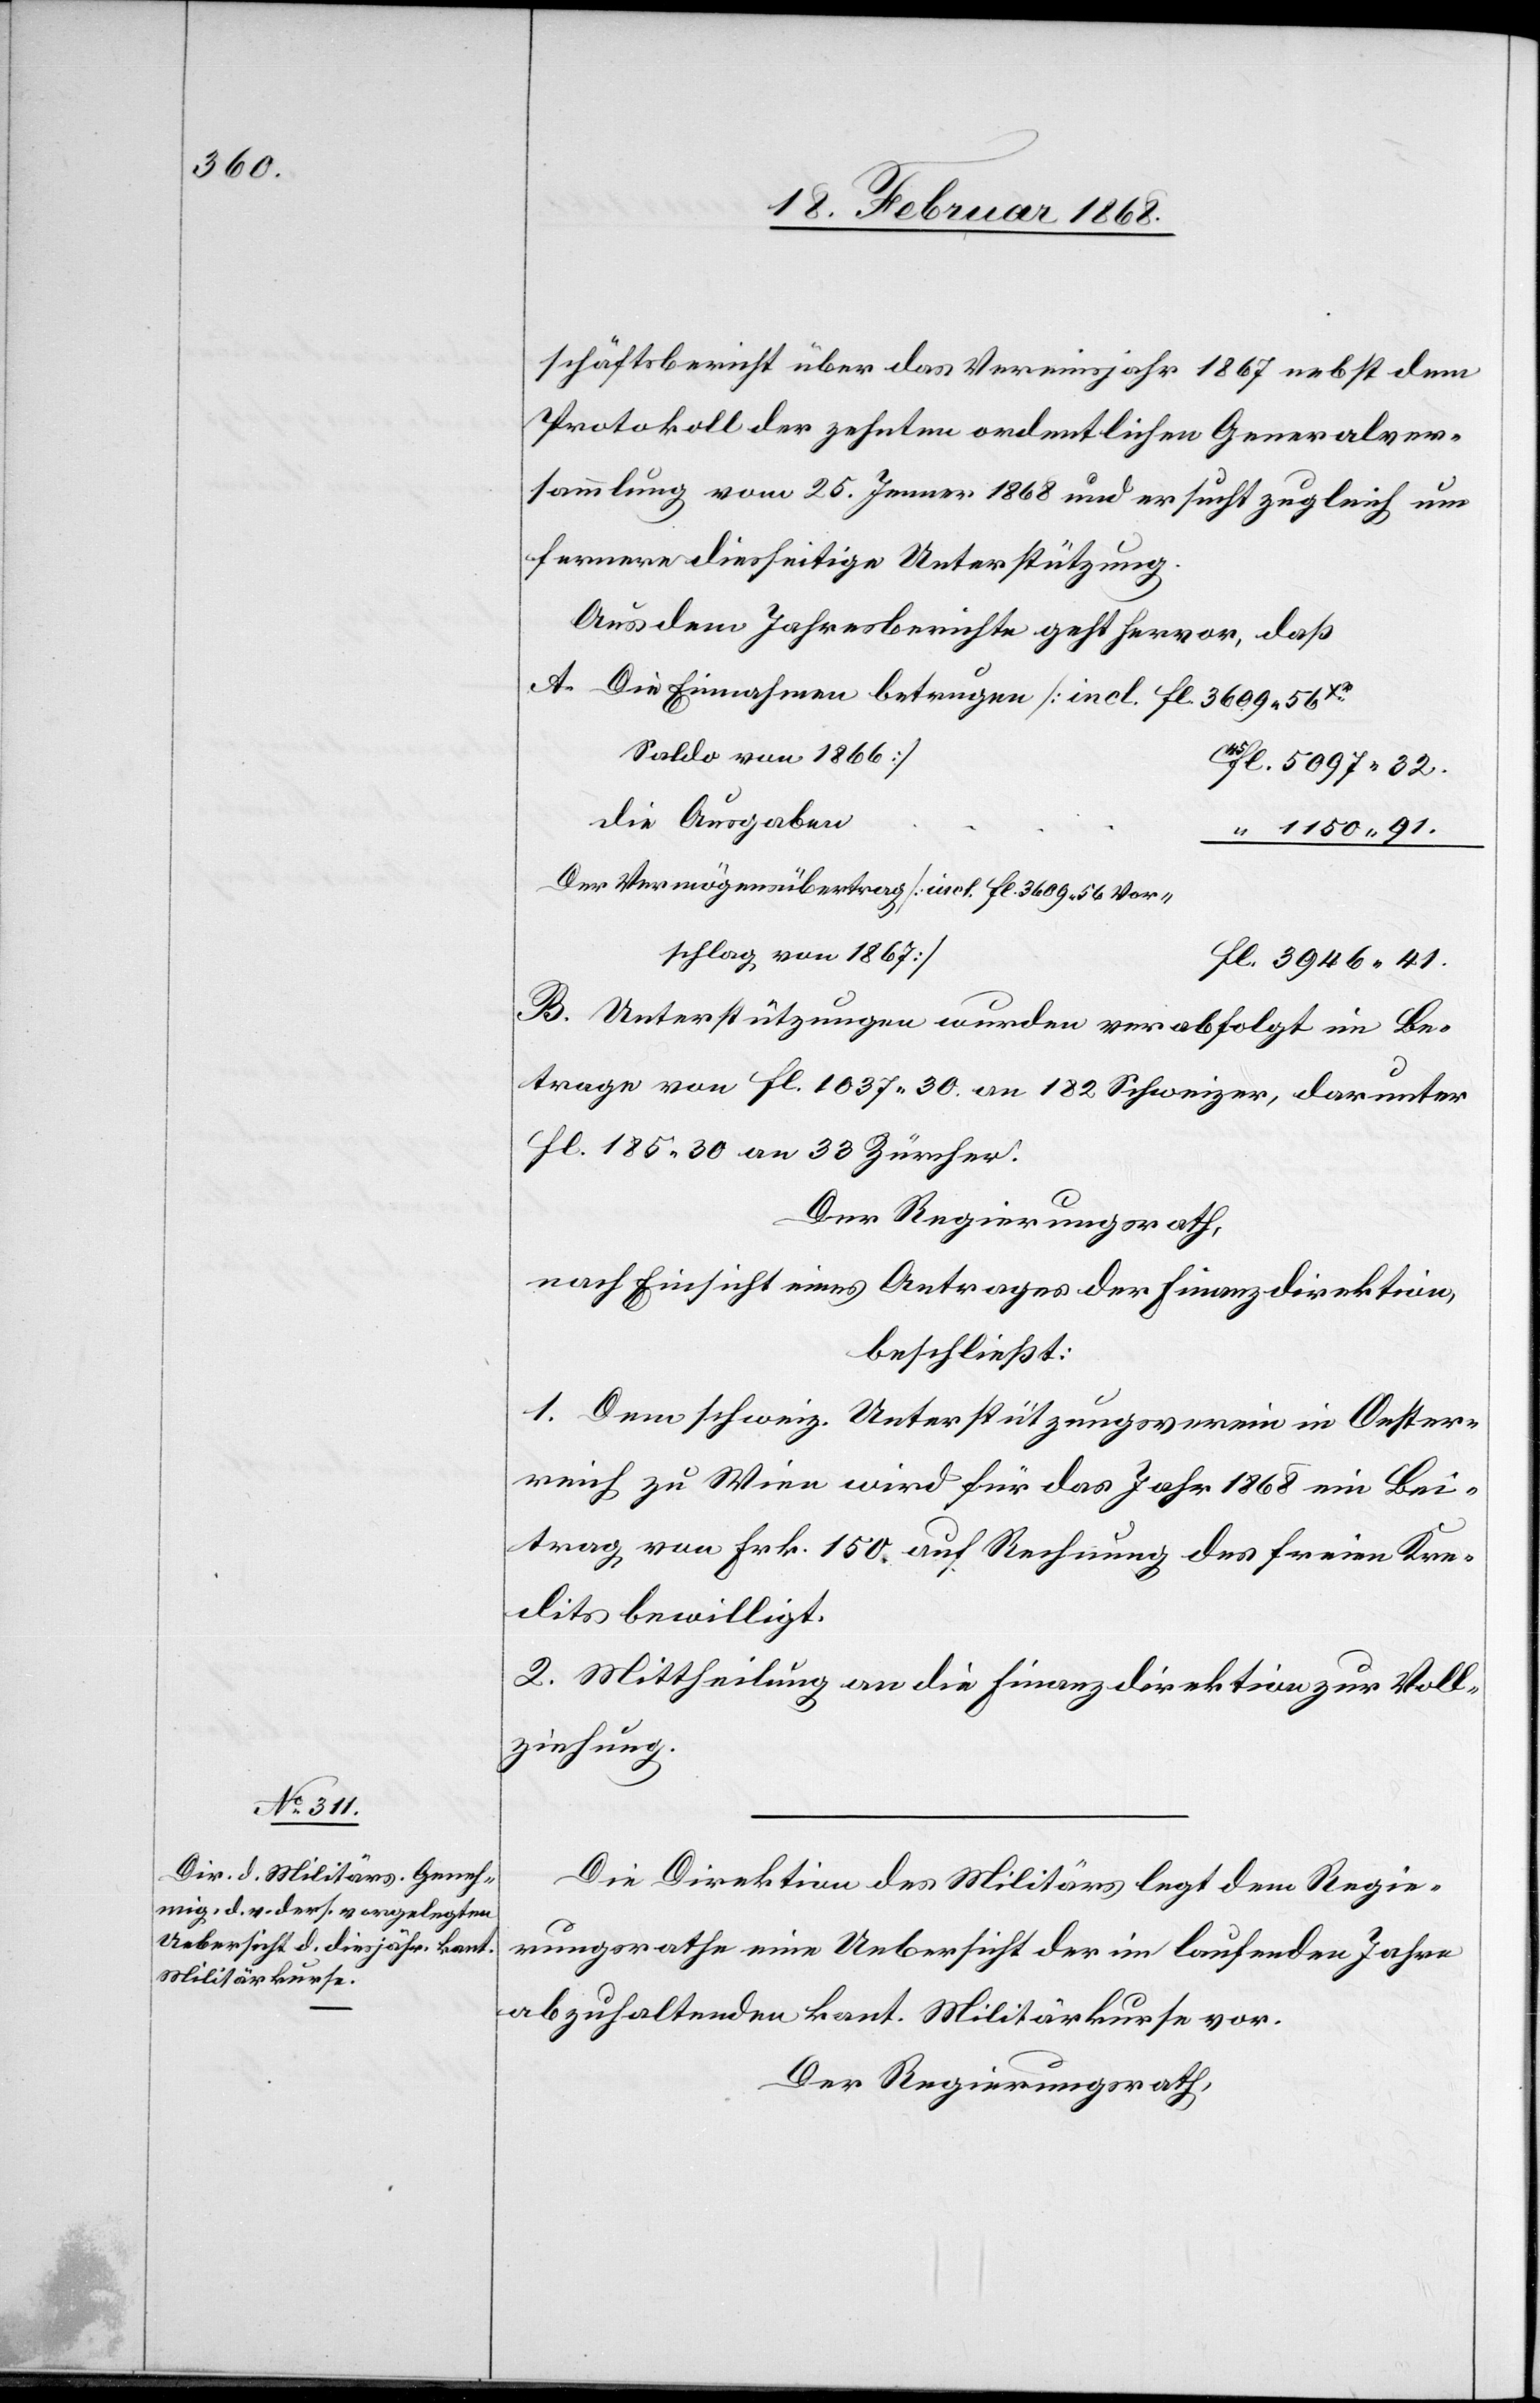
schäftsbericht über das Vereinsjahr 1867 nebst dem
Protokoll der zehnten ordentlichen Generalver¬
sammlung vom 25. Jenner 1868 und ersucht zugleich um
fernere diesseitige Unterstützung.
Aus dem Jahresberichte geht hervor, daß
Die Einnahmen betrugen [incl. fl. 3609. 56Xr.
Saldo von 1866]
45fl. 5097. 32.
die Ausgaben
“ 1150. 91.
Der Vermögensübertrag [incl. fl. 3609. 56 Vor¬
schlag von 1867]
fl. 3946. 41.
Unterstützungen wurden verabfolgt im Be¬
trage von fl. 1037. 30. an 182 Schweizer, darunter
fl. 185. 30 an 33 Zürcher.
Der Regierungsrath,
nach Einsicht eines Antrages der Finanzdirektion,
beschließt:
1. Dem schweiz. Unterstützungsverein in Oester¬
reich zu Wien wird für das Jahr 1868 ein Bei¬
trag von Frk. 150 auf Rechnung des freien Kre¬
dits bewilligt.
2. Mittheilung an die Finanzdirektion zur Voll¬
ziehung.
Die Direktion des Militärs legt dem Regie¬
rungsrathe eine Uebersicht der im laufenden Jahre
abzuhaltenden kant. Militärkurse vor.
Der Regierungsrath,